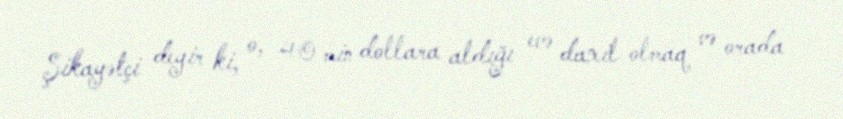
Şikayətçi deyir ki, o, 40 min dollara aldığı evə daxil olmaq və orada